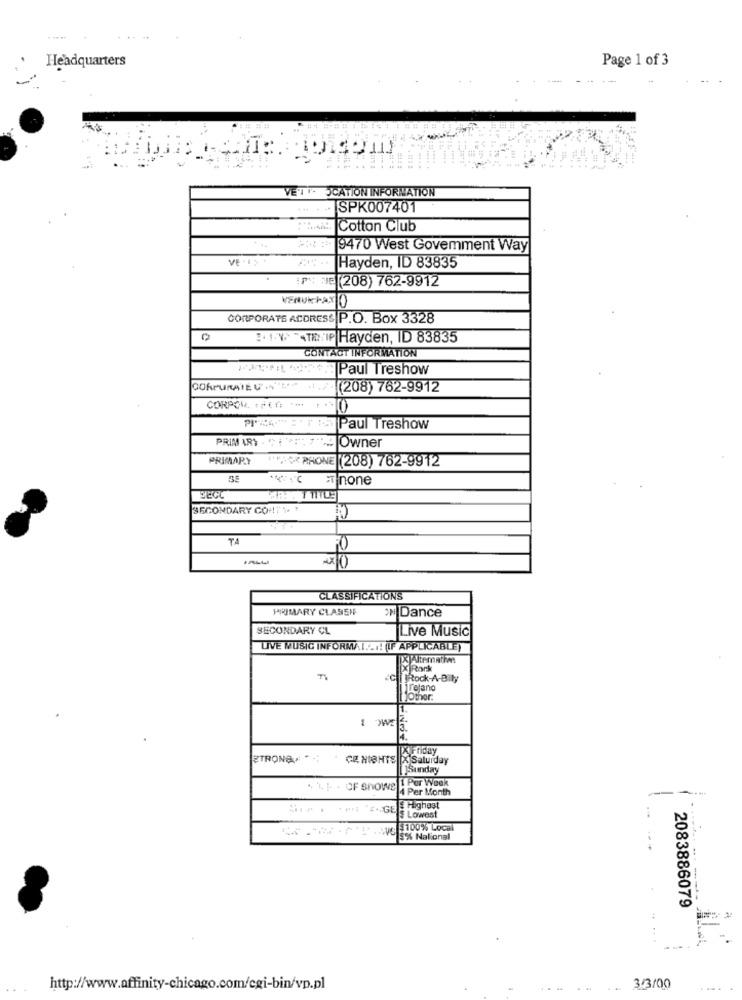
Headquarters
Page 1 of 3
----
VELI CATION INFORMATION
SPK007401
Cotton Club
9470 West Govemment Way
Hayden, ID 83835
:PN JE (208) 762-9912
CORPORATE ACORESS P.O. Box 3328
0
EWATRIP Hayden, ID 83835
CONTACT INFORMATION
Fait w Paul Treshow
CORPORATE VAL
(208) 762-9912
CORPOW. , PEG ---
PIECE . 15 Paul Treshow
PRIM ARIGHT: 1 Owner
PRIMARY
IF: O PHONE (208) 762-9912
T none
BECL
SECONDARY COMTY. .
TA
CLASSIFICATIONS
PRIMARY CLASSIF
ON Dance
SECONDARY CL
Live Music
LIVE MUSIC INFORMAL. LA! (IF APPLICABLE)
XJAltematias
Pork
Ci Rock-A-Bily
Other.
[X Friday
STRONA ";
CE NIGHTS X Saluiday
[ ]Sunday
. 1 1 . OF Shows ! Per Week
4 Per Month
Highest
..
$ Lowest
---. 100% Local
$% National
2083886079
http://www.affinity-chicago.com/cgi-bin/vp.pl
-
3.3/00